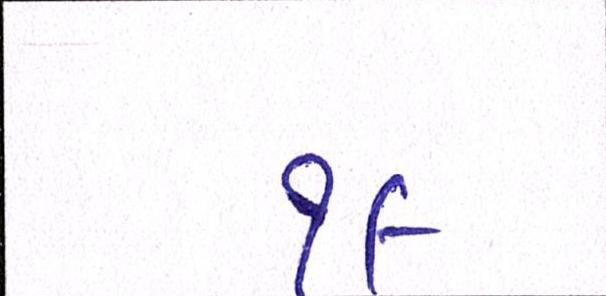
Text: ૧૯